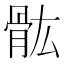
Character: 𲌌